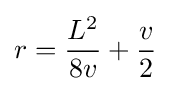
r={\frac {L^{2}}{8v}}+{\frac {v}{2}}